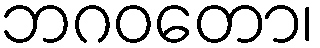
ဘဂဝတော၊